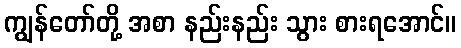
ကျွန်တော်တို့ အစာ နည်းနည်း သွား စားရအောင်။